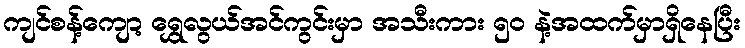
ကျင်စန့်ကျော့ ရွှေလွယ်အင်ကွင်းမှာ အသီးကား ၅၀ နဲ့အထက်မှာရှိနေပြီး